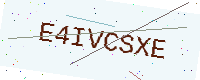
Text: E4IVCSXE